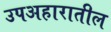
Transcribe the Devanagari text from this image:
उपअहारातील